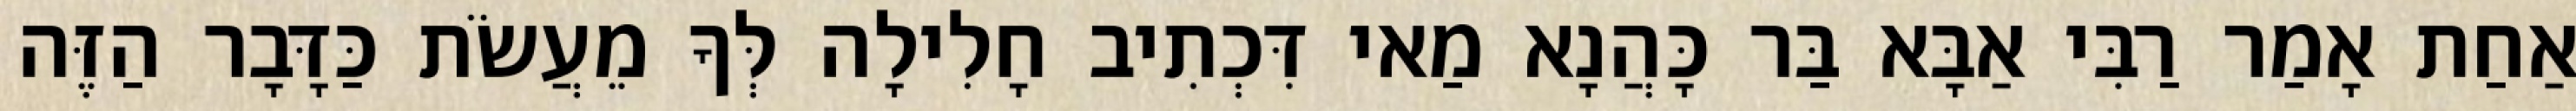
אַחַת אָמַר רַבִּי אַבָּא בַּר כָּהֲנָא מַאי דִּכְתִיב חָלִילָה לְּךָ מֵעֲשֹׂת כַּדָּבָר הַזֶּה